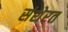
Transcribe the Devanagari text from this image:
संशेरत